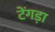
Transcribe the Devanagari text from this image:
टेंगड़ा